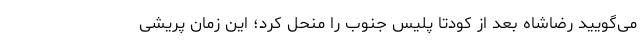
می‌گویید رضاشاه بعد از کودتا پلیس جنوب را منحل کرد؛ این زمان پریشی